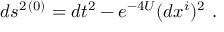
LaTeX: d s ^ { 2 \, ( 0 ) } = d t ^ { 2 } - e ^ { - 4 U } ( d x ^ { i } ) ^ { 2 } \ .